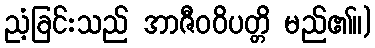
ညံ့ခြင်းသည် အာဇီဝဝိပတ္တိ မည်၏။)